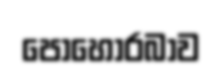
පොහොරබාව